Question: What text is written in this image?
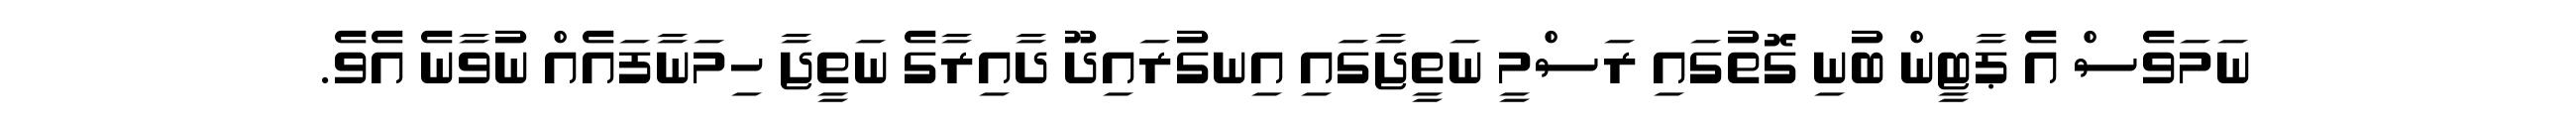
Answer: ނަމަވެސް އެ ޕާޓީން ބުނި ގޮތުގައި ރަސްމީ ނަތީޖާގައި އިނގުރައިދޫ ދާއިރާގެ ނަތީޖާ ހިމަނާފައެއް ނުވާނެ އެވެ.